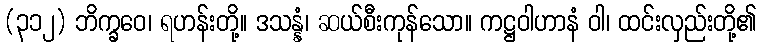
(၃၁၂) ဘိက္ခဝေ၊ ရဟန်းတို့။ ဒသန္နံ၊ ဆယ်စီးကုန်သော။ ကဋ္ဌဝါဟာနံ ဝါ၊ ထင်းလှည်းတို့၏